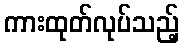
ကားထုတ်လုပ်သည့်